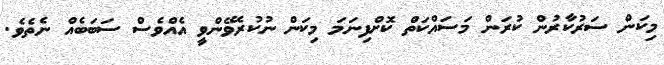
މިކަން ސަރުކާރުން ކުރަން މަސައްކަތް ކޮށްފިނަމަ މިކަން ނުކުރެވޭންވީ އެއްވެސް ސަބަބެއް ނެތެވެ.